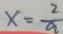
x = \frac { 2 } { a }